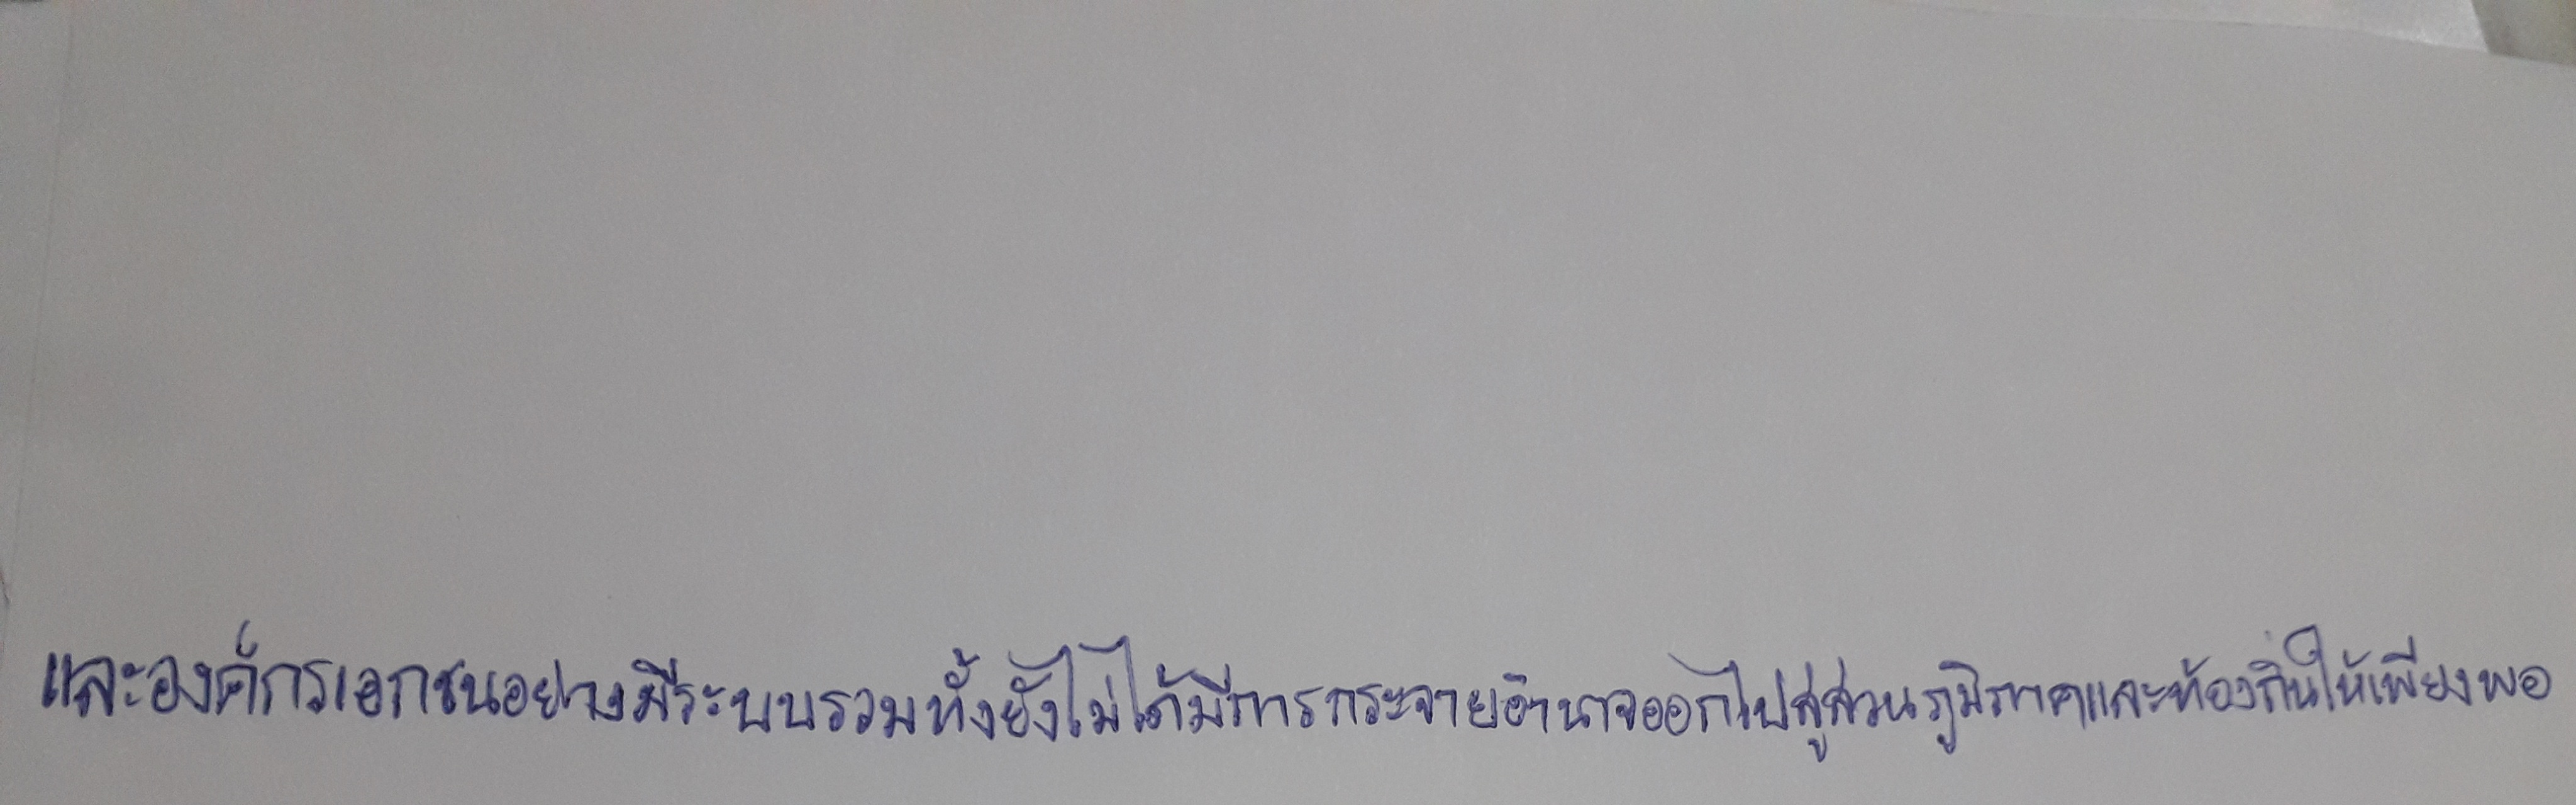
และองค์กรเอกชนอย่างมีระบบรวมทั้งยังไม่ได้มีการกระจายอำนาจออกไปสู่ส่วนภูมิภาคและท้องถิ่นให้เพียงพอ